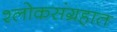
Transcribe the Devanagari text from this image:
श्लोकसंग्रहात